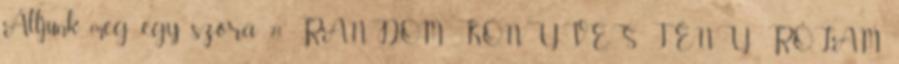
Álljunk meg egy szóra 21 RANDOM KÖNYVES TÉNY RÓLAM